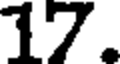
17.